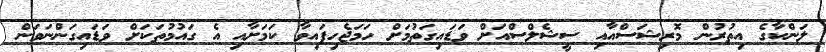
ލަންކާގެ އިތުރުން މޮރިޝަސްއާއި ސީޝެލްސްއަށް ވަޑައިގަތުމަށް ހަމަޖެހިފައިވާ ކަމަށާއި އެ ގައުމުތަކަށް ވަޑައިގަންނަވަން